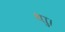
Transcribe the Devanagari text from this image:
थाु।